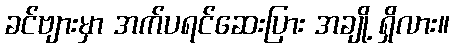
ခင်ဗျားမှာ အက်ပရင်ဆေးပြား အချို့ ရှိလား။